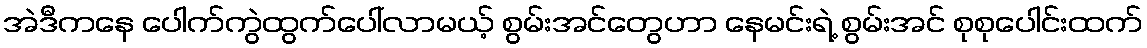
အဲဒီကနေ ပေါက်ကွဲထွက်ပေါ်လာမယ့် စွမ်းအင်တွေဟာ နေမင်းရဲ့ စွမ်းအင် စုစုပေါင်းထက်